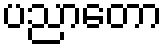
ပညာတော